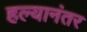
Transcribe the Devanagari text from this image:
हल्यानंतर